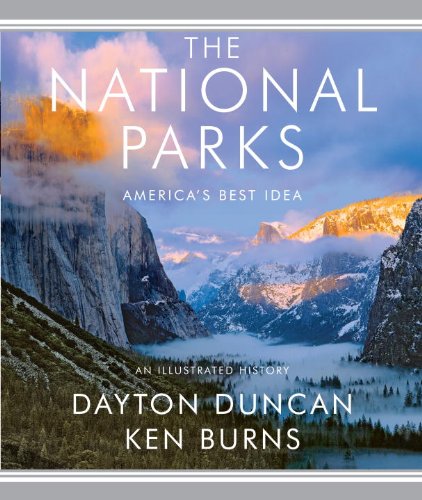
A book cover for The National Parks: America's Best Idea; Dayton Duncan; Travel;